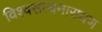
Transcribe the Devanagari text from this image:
विश्वसत्यनारायण